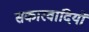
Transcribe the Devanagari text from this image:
सकारवादियों